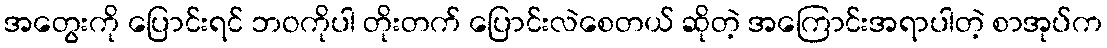
အတွေးကို ပြောင်းရင် ဘဝကိုပါ တိုးတက် ပြောင်းလဲစေတယ် ဆိုတဲ့ အကြောင်းအရာပါတဲ့ စာအုပ်က